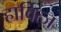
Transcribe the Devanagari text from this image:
हार्वित्ज